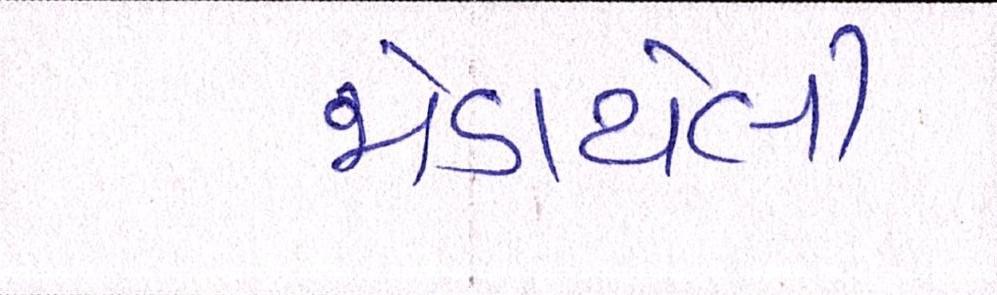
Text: જોડાયેલી